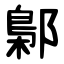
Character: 鄡